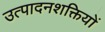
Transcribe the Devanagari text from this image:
उत्पादनशक्तियों